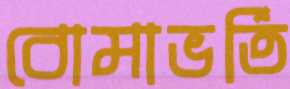
বোমাভর্তি